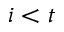
i < t